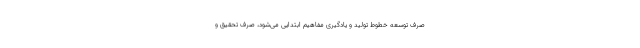
صرف توسعه خطوط تولید و یادگیری مفاهیم ابتدایی می‌شود، صرف تحقیق و